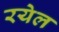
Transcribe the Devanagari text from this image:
रयेल